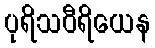
ပုရိသဝီရိယေန